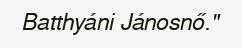
Batthyáni Jánosnő."